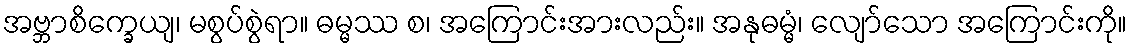
အဗ္ဘာစိက္ခေယျ၊ မစွပ်စွဲရာ။ ဓမ္မဿ စ၊ အကြောင်းအားလည်း။ အနုဓမ္မံ၊ လျော်သော အကြောင်းကို။